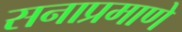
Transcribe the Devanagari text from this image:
सनाप्रमाणे